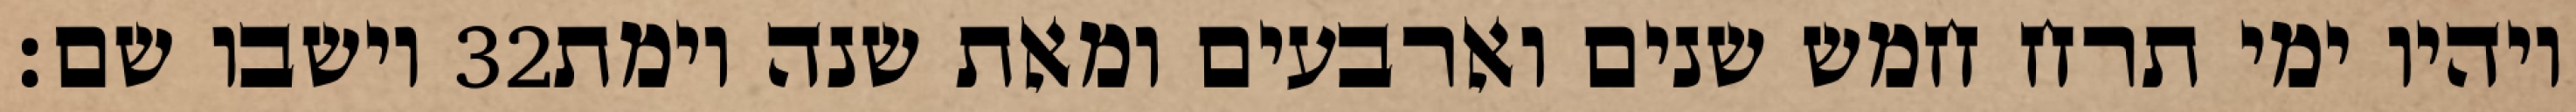
וישבו שם׃ ‎32‏ ויהיו ימי תרח חמש שנים וארבעים ומאת שנה וימת